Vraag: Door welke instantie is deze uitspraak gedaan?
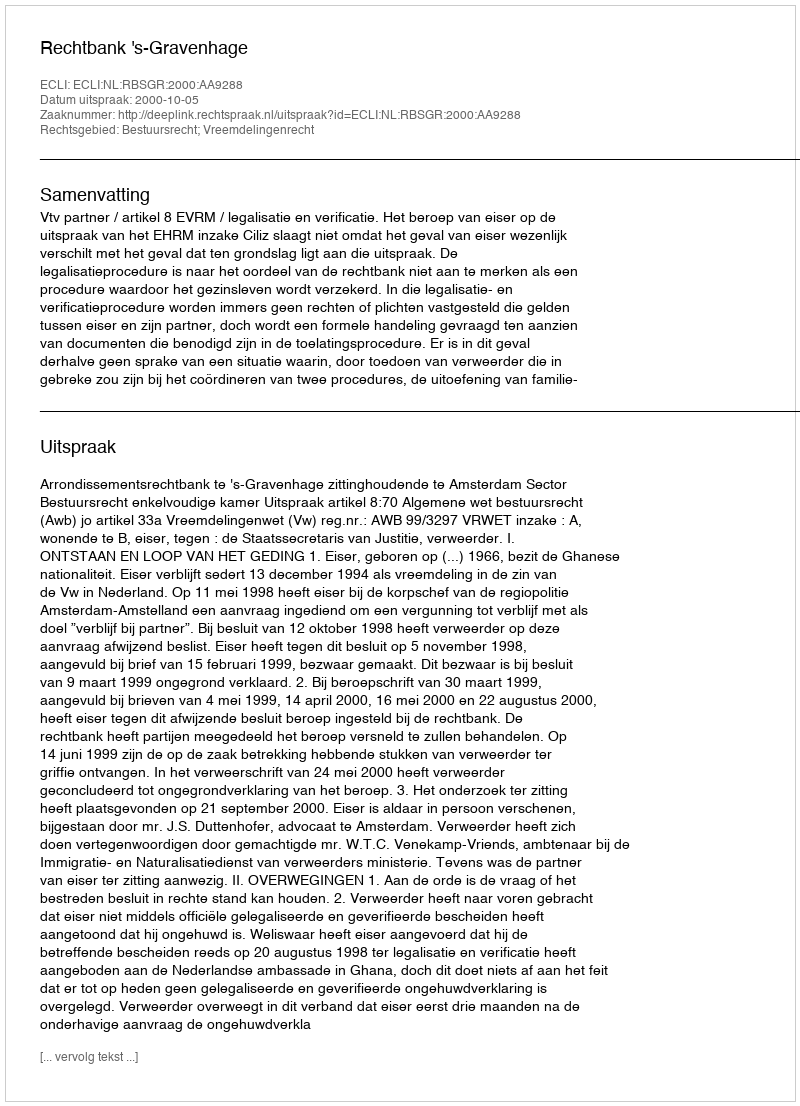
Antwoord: Rechtbank 's-Gravenhage